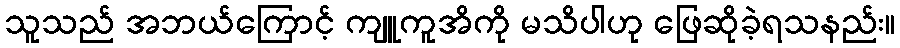
သူသည် အဘယ်ကြောင့် ကျူကူအိကို မသိပါဟု ဖြေဆိုခဲ့ရသနည်း။